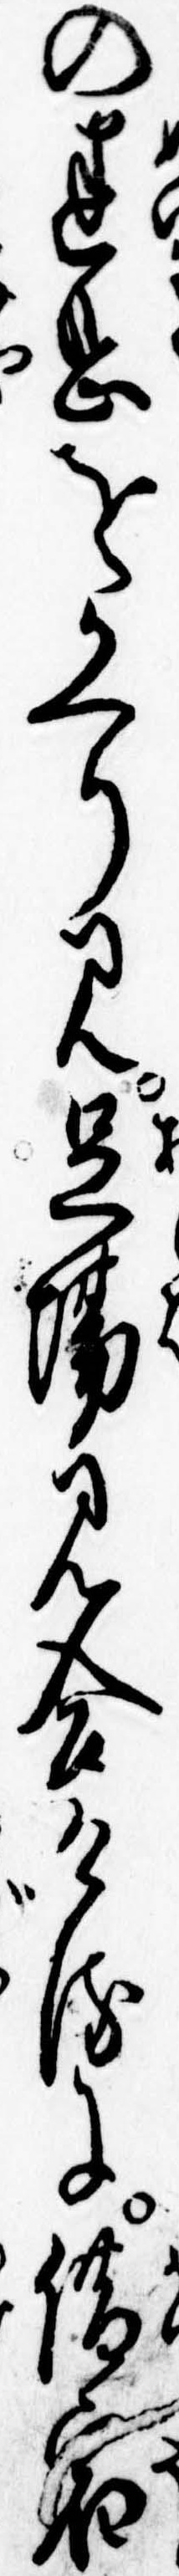
の迷惑をかへり見足場見合けるに借宿